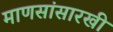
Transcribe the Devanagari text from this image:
माणसांसारखी